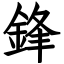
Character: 鋒